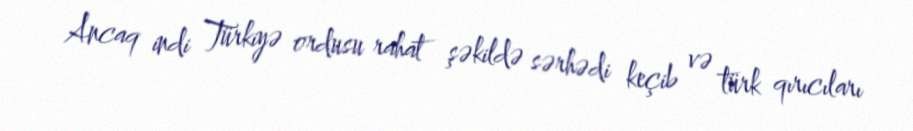
Ancaq indi Türkiyə ordusu rahat şəkildə sərhədi keçib və türk qırıcıları